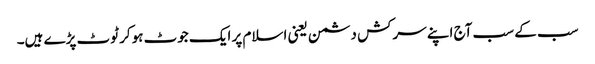
سب کے سب آج اپنے سرکش دشمن یعنی اسلام پر ایک جوٹ ہوکر ٹوٹ پڑے ہیں۔